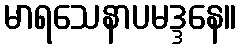
မာရသေနာပမဒ္ဒနေ။